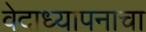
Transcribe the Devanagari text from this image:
वेदाध्यापनाचा